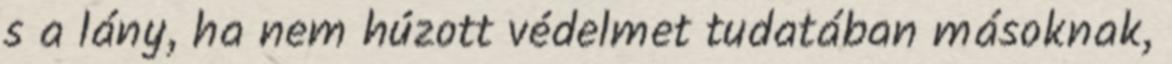
s a lány, ha nem húzott védelmet tudatában másoknak,